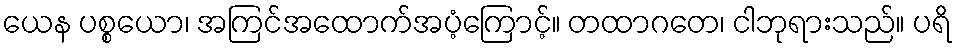
ယေန ပစ္စယော၊ အကြင်အထောက်အပံ့ကြောင့်။ တထာဂတေ၊ ငါဘုရားသည်။ ပရိ